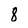
Character: 8